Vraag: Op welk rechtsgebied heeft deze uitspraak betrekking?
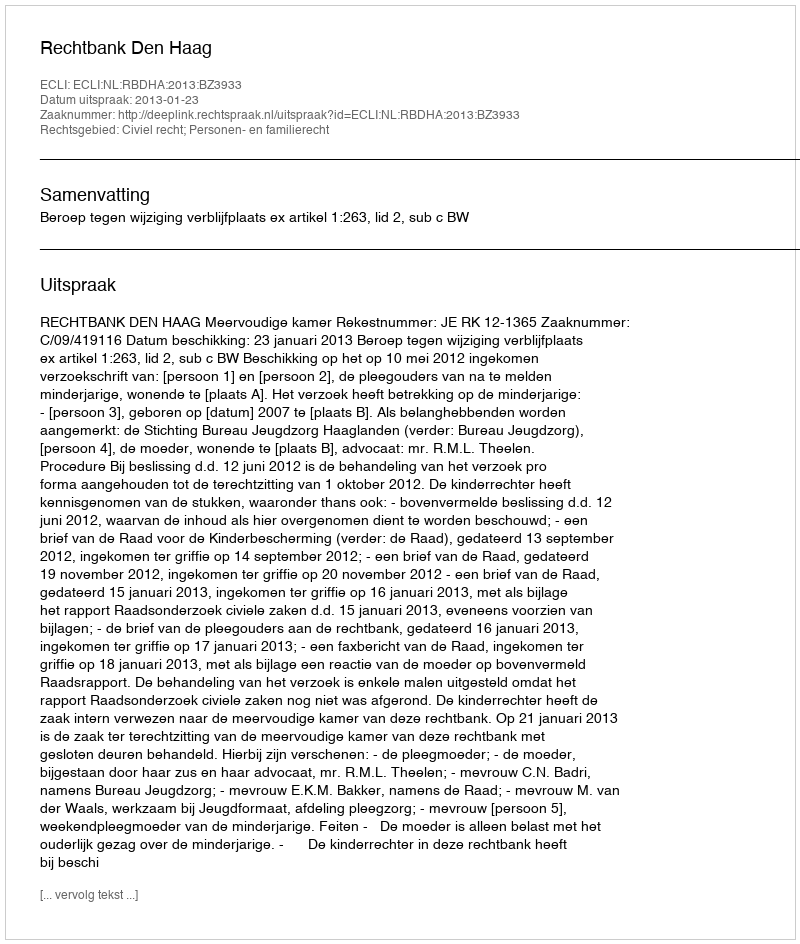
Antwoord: Civiel recht; Personen- en familierecht